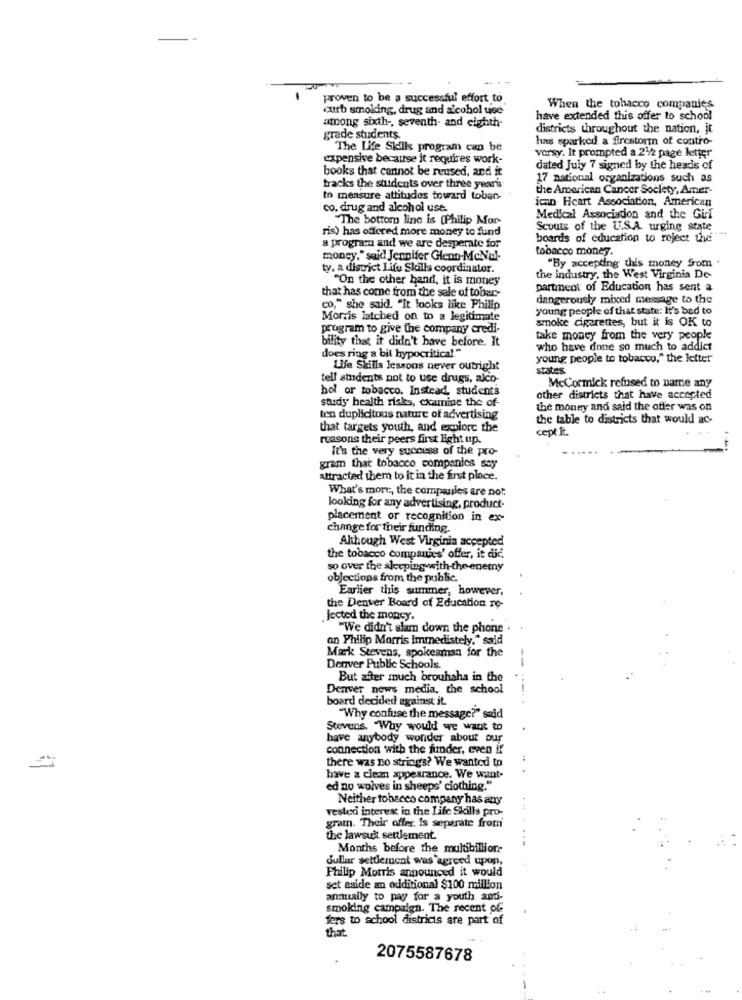
proven to be a successful effort to
curb smoking, drug and alcohol use
When the tobacco companies
among sixth -, seventh- and eighth-
have extended this offer to school
districts throughout the nation, it
grade students.
has sparked a firestorm of contro-
The Life Skills program can be
expensive because it requires work-
versy. It prompted a 21/2 page letter
books that cannot be reused, and it
dated July 7 signed by the heads of
17 national organizations such as
tracks the students over three year's
the American Cancer Society, Amer-
to measure attitudes toward toban-
ican Heart Association, American
co. drug and alcohol use.
The bottom line is (Philip Mor-
Medical Association and the Girl
ris) has offered more money to fund
Scouts of the U.S.A. urging state
boards of education to reject the"
a program and we are desperate for
tobacco money.
money," said Jennifer Glenn-McNul-
ty. a district Life Skills coordinator.
"By accepting this money Som .
"On the other hand, it is money
the industry, the West Virginia De-
that has come from the sale of tober-
partment of Education has sent a
dangerously mixed message to the
co," she said. "It looks like Philip
young people of that state: It's bed to
Morris latched on to a legitimate
smoke cigarettes, but it is OK to
program to give the company credi-
bility that it didn't have before. It
take money from the very people
who have done so much to addict
does ring a bit hypocritical."
young people to tobacco," the letter
Life Skills lessons never outright
states
tell students not to use drugs, alco-
hol or tobacco. Instead, students
McCormick refused to parse any
study health risks, examine the of-
other districts that have accepted
the money and said the offer was on
ten duplicitous nature of advertising
the table to districts that would ac-
that targets youth, and explore the
cept it.
reasons their peers first light up.
It's the very success of the pro-
gram that tobacco companies say
attracted them to it in the first place.
What's more ;, the companies are not.
looking for any advertising, product-
placement or recognition in ex-
change for their funding.
Although West Virginia accepted
the tobacco companies' offer, it did.
so over the sleeping with the enemy
objections from the public.
Earlier this summer, however,
the Denver Board of Education re-
.Jected the moncy.
"We didn't slam down the phone
an Philip Morris immedistely," said
Mærk Stevens, spokesman for the
Denver Public Schools.
--
But after much brouhaha in the
Denver news media, the school
board decided against it.
"Why confuse the message?" said
Stevens. "Why would we want to
have anybody wonder about our
connection with the funder, even if
there was no strings? We wanted to
have a clean appearance. We want-
ed no wolves in sheeps' ciothing."
Neither tobacco company has any
vested interest in the Life Skills pro-
gram. Their offer, Is separate from
the lawsuit settlement.
Months before the multibillion-
dullar settlement was agreed upon,
Philip Morris announced it would
set aside an additional $100 million
annually to pay for a youth and-
smoking campaign. The recent of
fers to school districts are part of
that
2075587678